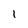
Character: I